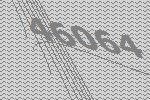
46064